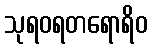
သုရဝရတရောရိဝ